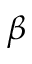
\beta